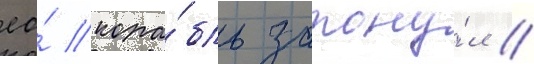
ео́ кора́бль затону́л /